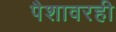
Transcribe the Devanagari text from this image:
पैशावरही